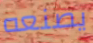
يصنعه